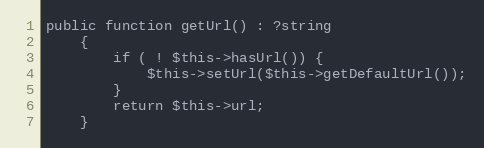
Language: PHP
public function getUrl() : ?string
    {
        if ( ! $this->hasUrl()) {
            $this->setUrl($this->getDefaultUrl());
        }
        return $this->url;
    }